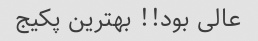
عالی بود!! بهترین پکیج